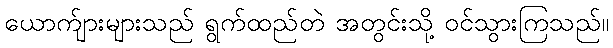
ယောက်ျားများသည် ရွက်ထည်တဲ အတွင်းသို့ ဝင်သွားကြသည်။